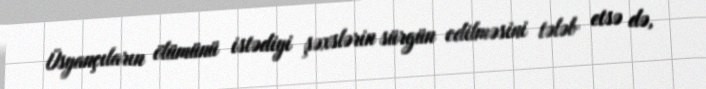
Üsyançıların ölümünü istədiyi şəxslərin sürgün edilməsini tələb etsə də,